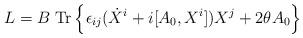
LaTeX: \begin{align*}L=B \; {\rm{Tr}}\left\{\epsilon_{ij} (\dot{X}^i +i[A_0,X^i])X^j + 2\theta A_0\right\}\end{align*}